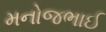
મનોજભાઈ